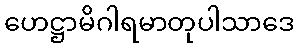
ဟေဋ္ဌာမိဂါရမာတုပါသာဒေ